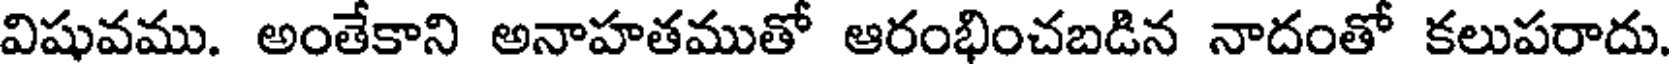
విషువము. అంతేకాని అనాహతముతో ఆరంభించబడిన నాదంతో కలుపరాదు